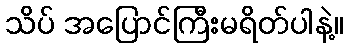
သိပ် အပြောင်ကြီးမရိတ်ပါနဲ့။